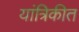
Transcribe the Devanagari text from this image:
यांत्रिकीत